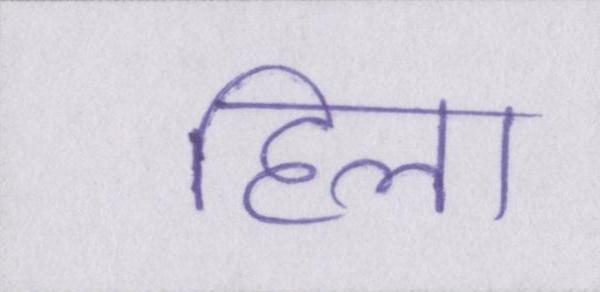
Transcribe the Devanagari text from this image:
हिला